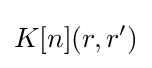
K[n](r,r')